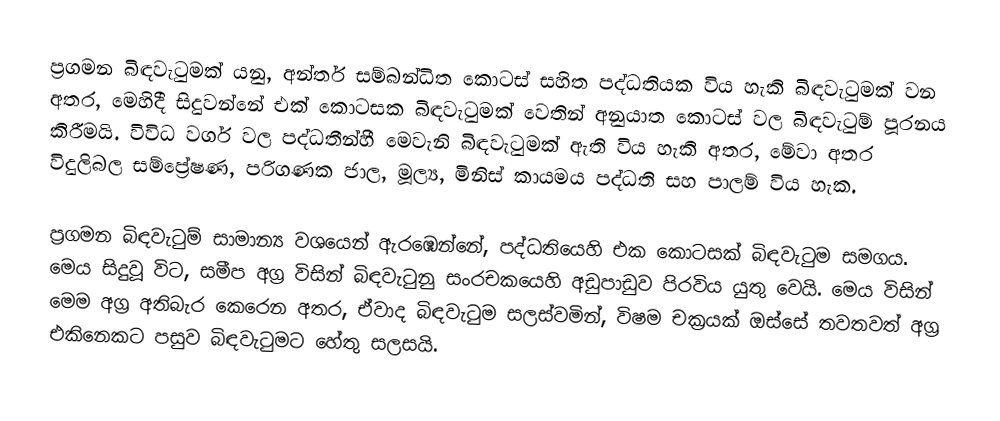
ප්‍රගමන බිඳවැටුමක් යනු,  අන්තර් සම්බන්ධිත කොටස් සහිත පද්ධතියක විය හැකි බිඳවැටුමක්  වන අතර, මෙහිදී සිදුවන්නේ එක් කොටසක බිඳවැටුමක් වෙතින් අනුයාත කොටස් වල බිඳවැටුම් පූරනය කිරීමයි. විවිධ වර්ග වල පද්ධතීන්හී මෙවැනි බිඳවැටුමක් ඇති විය හැකි අතර, මේවා අතර විදුලිබල සම්ප්‍රේෂණ, පරිගණක ජාල, මූල්‍ය, මිනිස් කායමය පද්ධති සහ පාලම් විය හැක.

ප්‍රගමන බිඳවැටුම් සාමාන්‍ය වශයෙන් ඇරඹෙන්නේ, පද්ධතියෙහි එක කොටසක් බිඳවැටුම සමගය. මෙය සිදුවූ විට, සමීප අග්‍ර විසින් බිඳවැටුනු සංරචකයෙහි අඩුපාඩුව පිරවිය යුතු වෙයි. මෙය විසින් මෙම අග්‍ර අතිබැර කෙරෙන අතර, ඒවාද බිඳවැටුම සලස්වමින්, විෂම චක්‍රයක් ඔස්සේ තවතවත් අග්‍ර එකිනෙකට පසුව බිඳවැටුමට හේතු සලසයි.